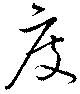
度